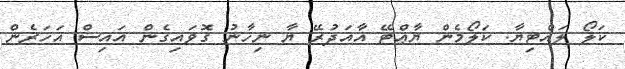
ކަލޯ ލައްޓިޔާ. ކަލޯމެން ޔާޢްޓޭ އާއަދުރޭ ޔާ ނިހާނު ގޮވައިގެން އައިސް އަހަރެން